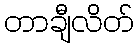
တာချီလိတ်